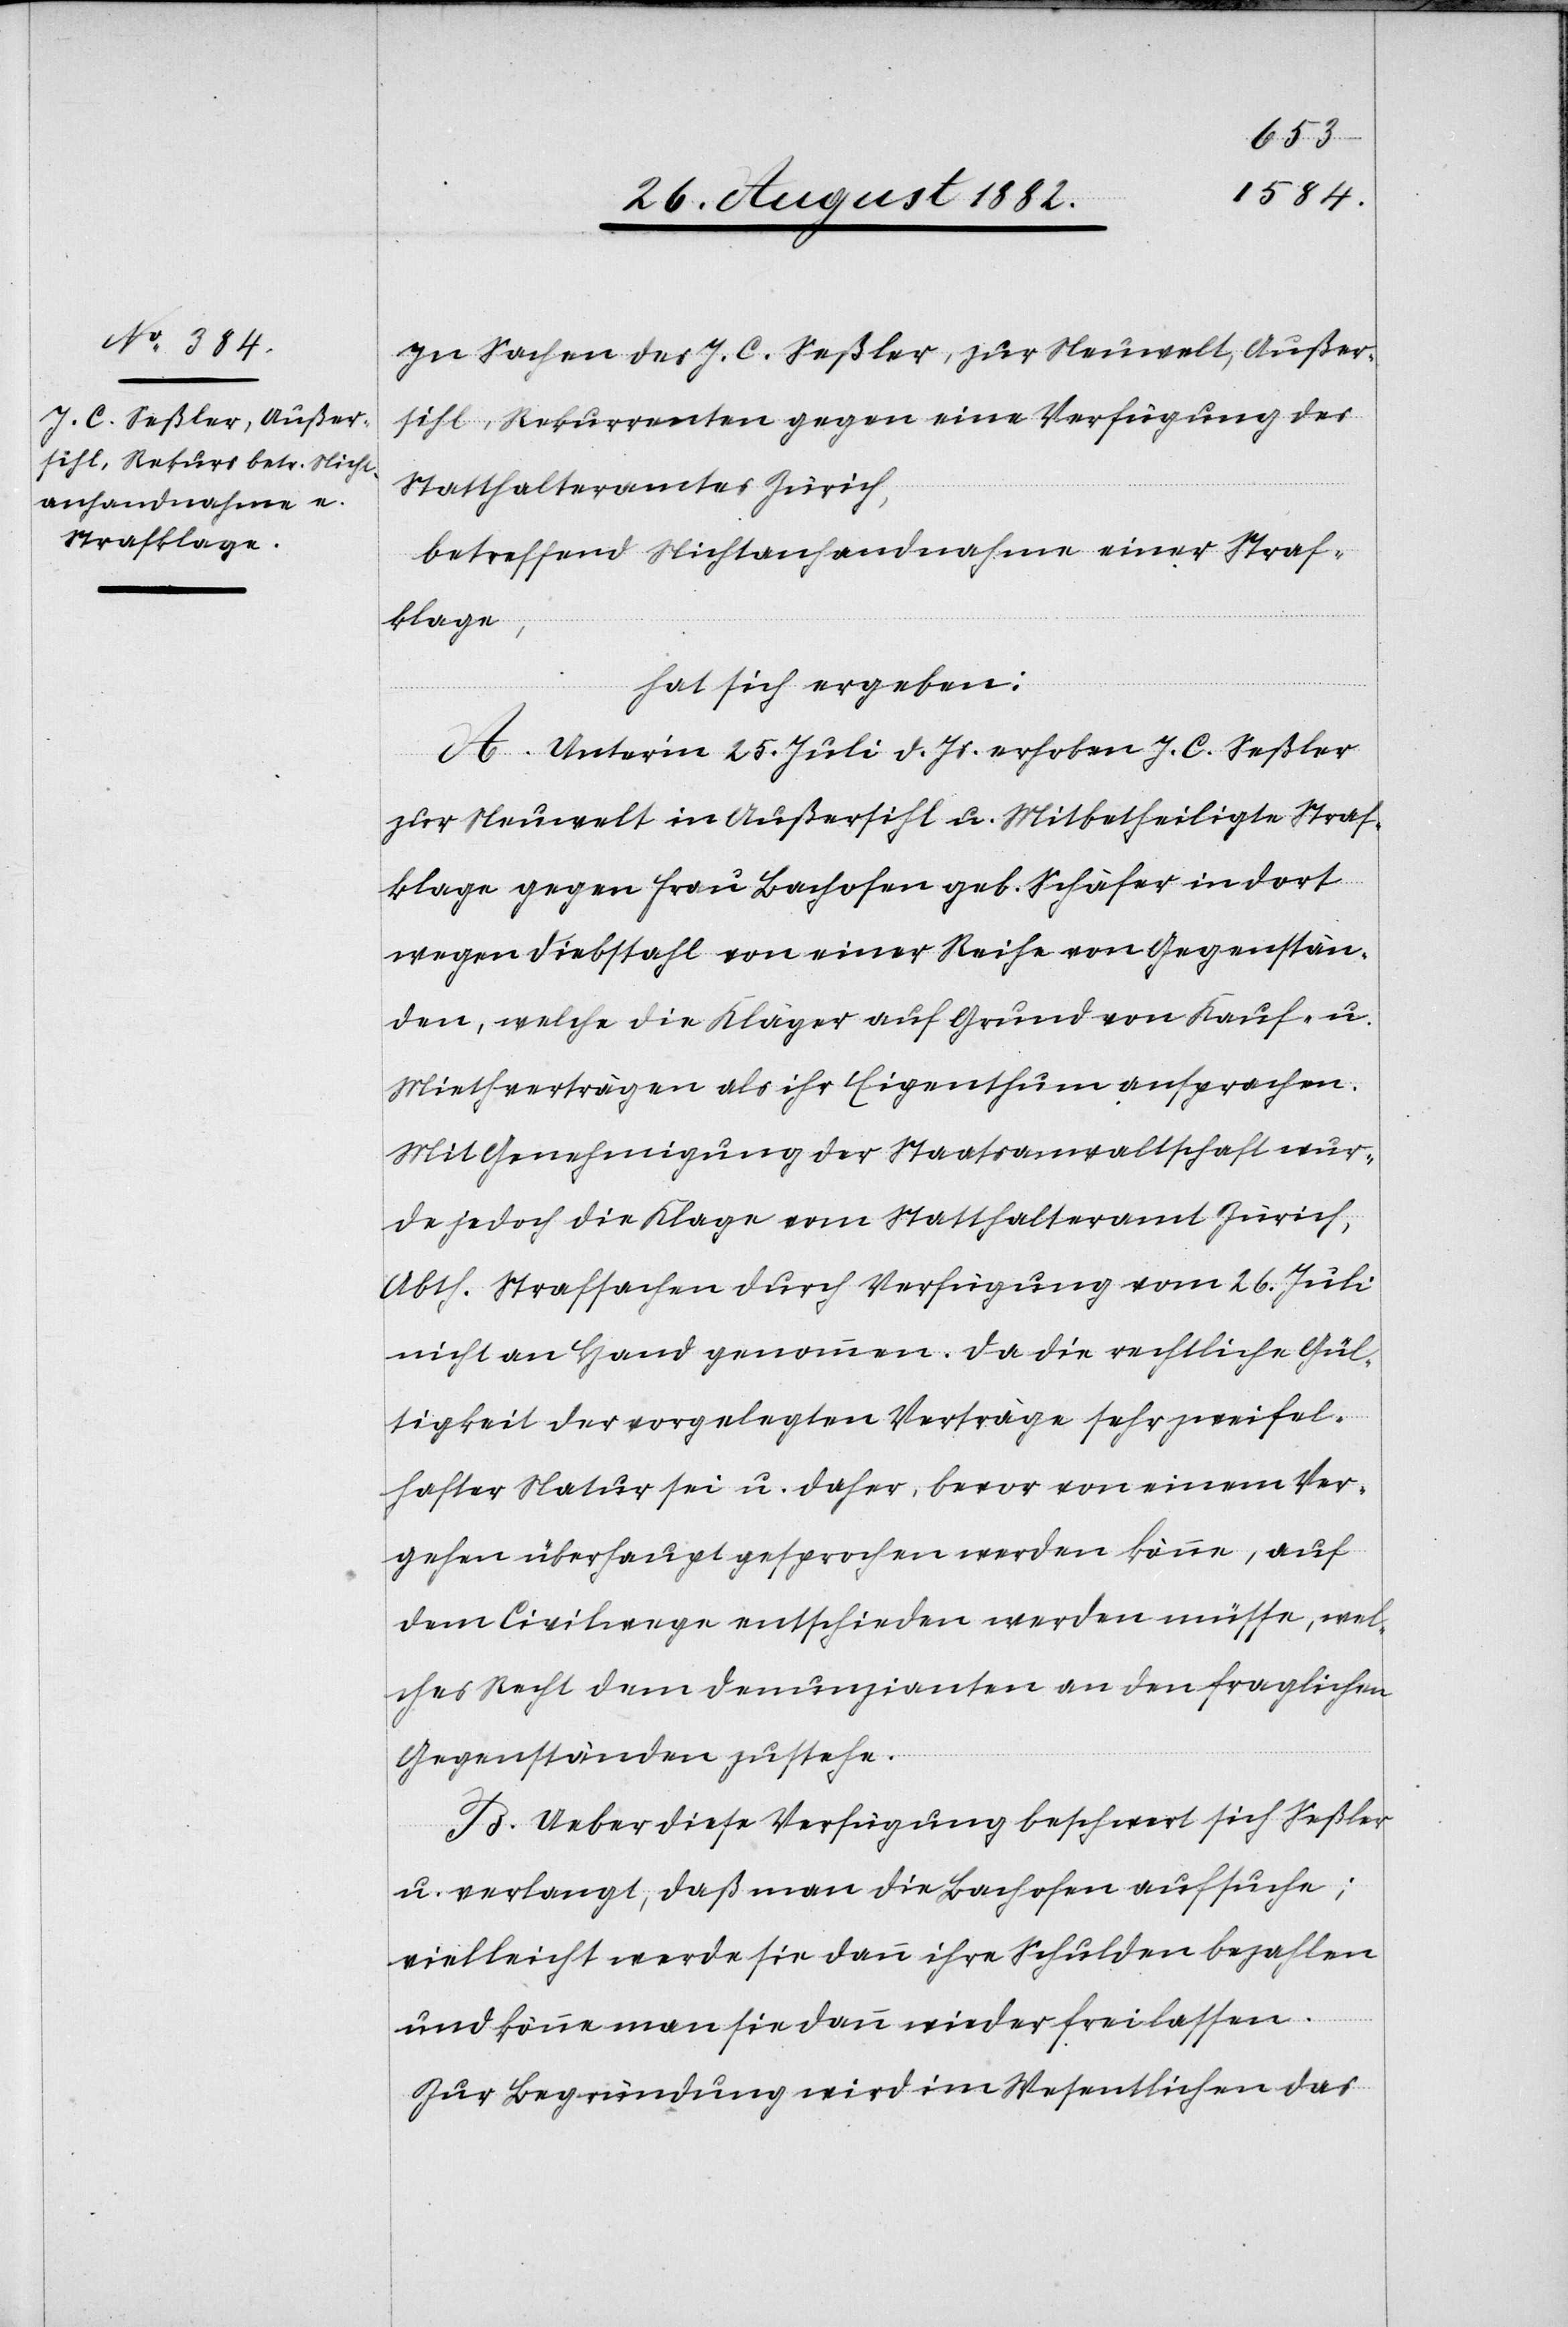
In Sachen des J. C. Seßler, zur Neuwelt, Außer¬
sihl, Rekurrenten gegen eine Verfügung des
Statthalteramtes Zürich,
betreffend Nichtanhandnahme einer Straf¬
klage,
hat sich ergeben:
A. Unter’m 25. Juli d. Js. erhoben J. C. Seßler
zur Neuwelt in Außersihl u. Mitbetheiligte Straf¬
klage gegen Frau Bachofen geb. Schäfer in dort
wegen Diebstahl von einer Reihe von Gegenstän¬
den, welche die Kläger auf Grund von Kauf- u.
Miethverträgen als ihr Eigenthum ansprachen.
Mit Genehmigung der Staatsanwaltschaft wur¬
de jedoch die Klage vom Statthalteramt Zürich,
Abth. Strafsachen durch Verfügung vom 26. Juli
nicht an Hand genommen. Da die rechtliche Gül¬
tigkeit der vorgelegten Verträge sehr zweifel¬
hafter Natur sei u. daher, bevor von einem Ver¬
gehen überhaupt gesprochen werden könne, auf
dem Civilwege entschieden werden müsse, wel¬
ches Recht dem Denunzianten an den fraglichen
Gegenständen zustehe.
B. Ueber diese Verfügung beschwert sich Seßler
u. verlangt, daß man die Bachofen aufsuche;
vielleicht werde sie dann ihre Schulden bezahlen
und könne man sie dann wieder freilassen.
Zur Begründung wird im Wesentlichen das